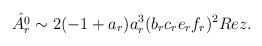
\begin{align*}\hat{A_r^0}\sim2(-1+a_r)a_r^3(b_rc_re_rf_r)^2Re z.\end{align*}